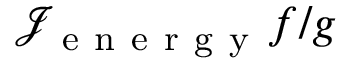
\mathcal { J } _ { \mathrm { ~ e ~ n ~ e ~ r ~ g ~ y ~ } } f / g